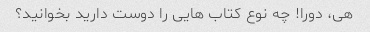
هی، دورا! چه نوع کتاب هایی را دوست دارید بخوانید؟